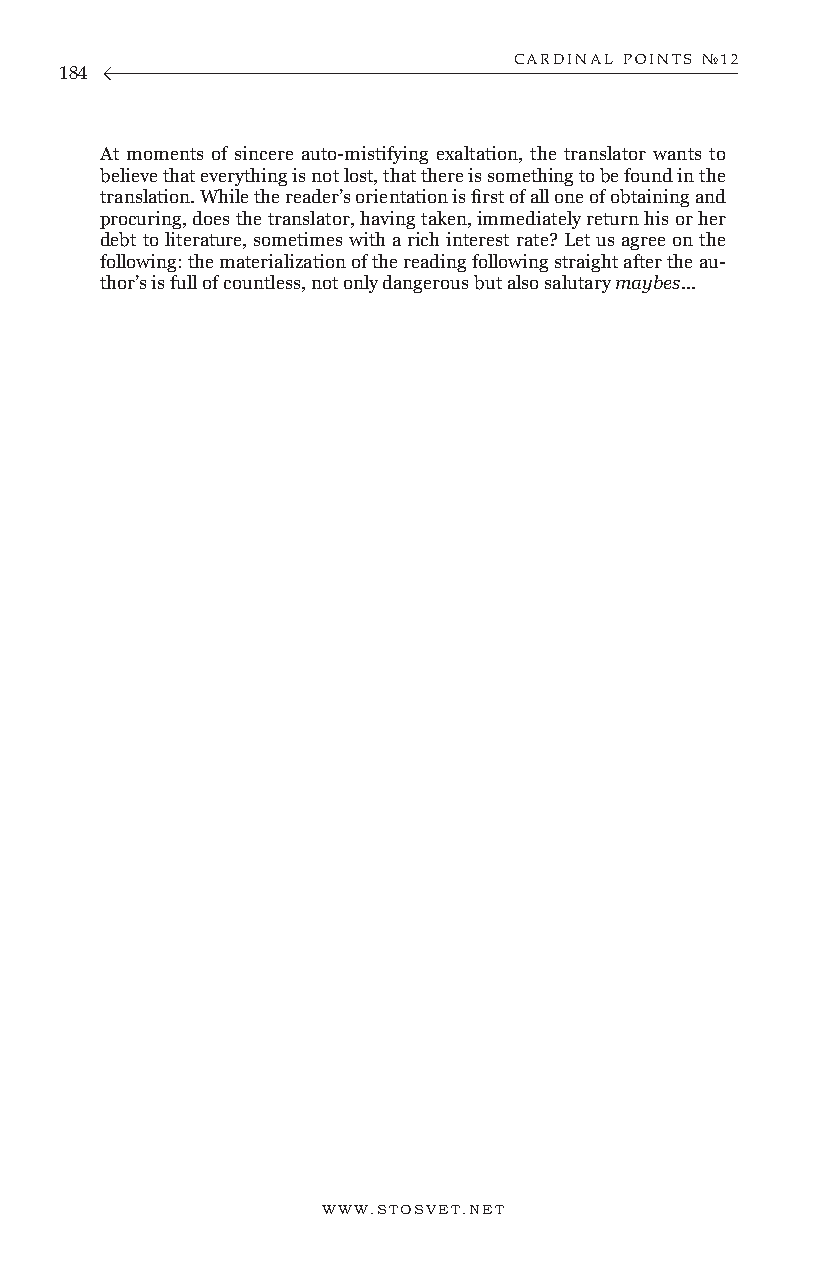
CARDINAL POINTS №12
 184
 At moments of sincere auto-mistifying exaltation, the translator wants to
 believe that everything is not lost, that there is something to be found in the
 translation. While the reader’s orientation is first of all one of obtaining and
 procuring, does the translator, having taken, immediately return his or her
 debt to literature, sometimes with a rich interest rate? Let us agree on the
 following: the materialization of the reading following straight after the au-
 thor’s is full of countless, not only dangerous but also salutary maybes...
 WWW.STOSVET.NET                                        WWW.STOSVET.NET